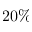
2 0 \%